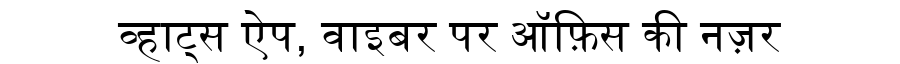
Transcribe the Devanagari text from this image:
व्हाट्स ऐप, वाइबर पर ऑफ़िस की नज़र